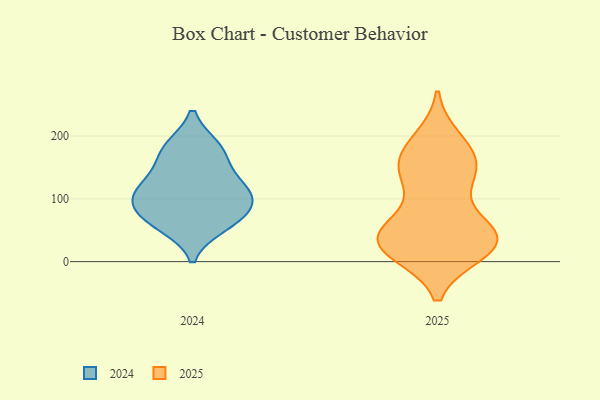
{"axis": {"x": "LTV (USD)", "y": "Value"}, "legend": ["2024", "2025"], "data": [{"x": "", "y": 57, "type": "2024"}, {"x": "", "y": 182, "type": "2024"}, {"x": "", "y": 125, "type": "2024"}, {"x": "", "y": 91, "type": "2024"}, {"x": "", "y": 157, "type": "2024"}, {"x": "", "y": 102, "type": "2024"}, {"x": "", "y": 117, "type": "2024"}, {"x": "", "y": 182, "type": "2024"}, {"x": "", "y": 70, "type": "2024"}, {"x": "", "y": 106, "type": "2024"}, {"x": "", "y": 66, "type": "2024"}, {"x": "", "y": 20, "type": "2025"}, {"x": "", "y": 128, "type": "2025"}, {"x": "", "y": 38, "type": "2025"}, {"x": "", "y": 48, "type": "2025"}, {"x": "", "y": 130, "type": "2025"}, {"x": "", "y": 194, "type": "2025"}, {"x": "", "y": 162, "type": "2025"}, {"x": "", "y": 50, "type": "2025"}, {"x": "", "y": 44, "type": "2025"}, {"x": "", "y": 48, "type": "2025"}, {"x": "", "y": 162, "type": "2025"}, {"x": "", "y": 15, "type": "2025"}, {"x": "", "y": 134, "type": "2025"}, {"x": "", "y": 159, "type": "2025"}, {"x": "", "y": 34, "type": "2025"}, {"x": "", "y": 16, "type": "2025"}, {"x": "", "y": 18, "type": "2025"}, {"x": "", "y": 188, "type": "2025"}, {"x": "", "y": 43, "type": "2025"}]}